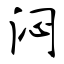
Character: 闷